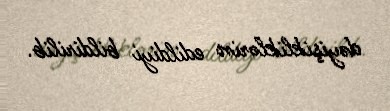
dəyişikliklərin edildiyi bildirilib.